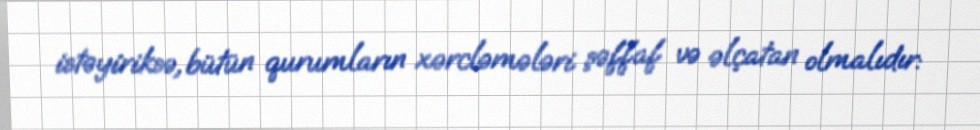
istəyiriksə, bütün qurumların xərcləmələri şəffaf və əlçatan olmalıdır: